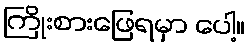
ကြိုးစားဖြေရမှာ ပေါ့။